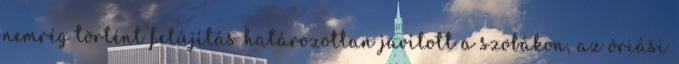
nemrég történt felújítás határozottan javított a szobákon, az óriási